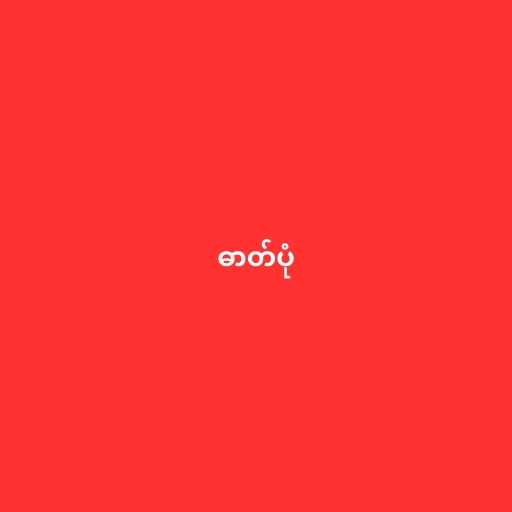
ဓာတ်ပုံ